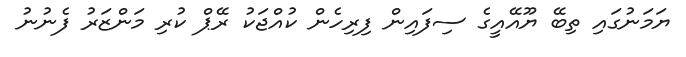
ޔަމަނުގައި ތިބޭ ޔޫއޭއީގެ ސިފައިން ފިރިހެން ކުއްޖަކު ރޭޕް ކުރި މަންޒަރު ފެނުނު